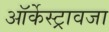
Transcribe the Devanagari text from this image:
ऑर्केस्ट्रावजा